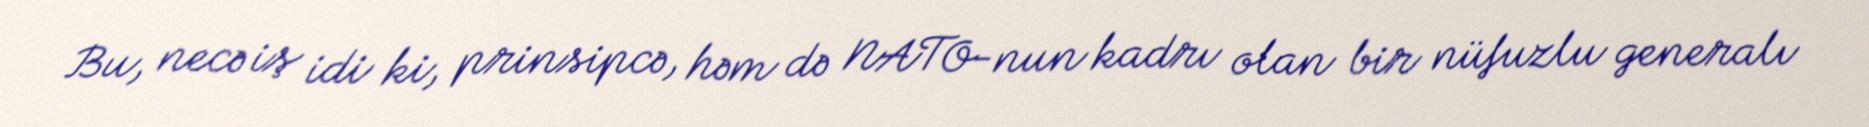
Bu, necə iş idi ki, prinsipcə, həm də NATO-nun kadrı olan bir nüfuzlu generalı